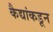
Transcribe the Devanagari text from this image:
कैद्यांकडून